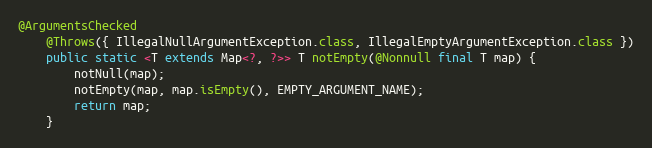
Language: Java
@ArgumentsChecked
	@Throws({ IllegalNullArgumentException.class, IllegalEmptyArgumentException.class })
	public static <T extends Map<?, ?>> T notEmpty(@Nonnull final T map) {
		notNull(map);
		notEmpty(map, map.isEmpty(), EMPTY_ARGUMENT_NAME);
		return map;
	}